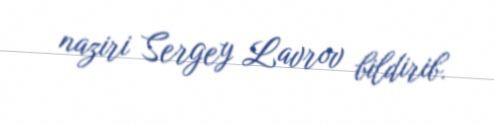
naziri Sergey Lavrov bildirib.